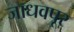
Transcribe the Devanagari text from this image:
जाधवपूर